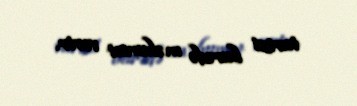
tarixi barədə məlumat verir.